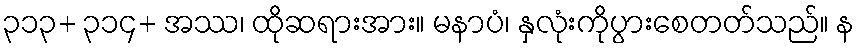
၃၁၃+ ၃၁၄+ အဿ၊ ထိုဆရားအား။ မနာပံ၊ နှလုံးကိုပွားစေတတ်သည်။ န